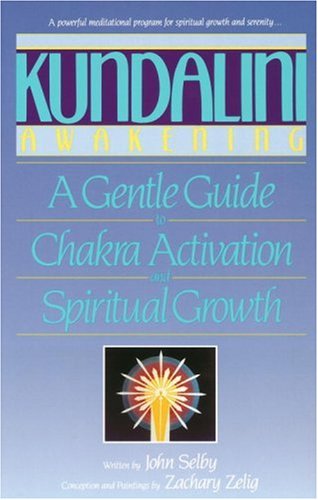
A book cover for Kundalini Awakening: A Gentle Guide to Chakra Activation and Spiritual Growth; John Selby; Religion & Spirituality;